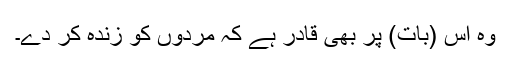
وہ اس (بات) پر بھی قادر ہے کہ مردوں کو زندہ کر دے۔